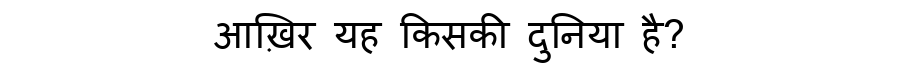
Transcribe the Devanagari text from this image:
आख़िर यह किसकी दुनिया है?